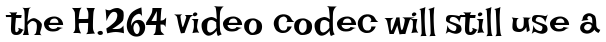
the H.264 video codec will still use a